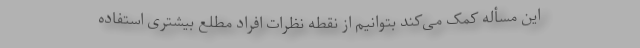
این مسأله کمک می‌کند بتوانیم از نقطه نظرات افراد مطلع بیشتری استفاده